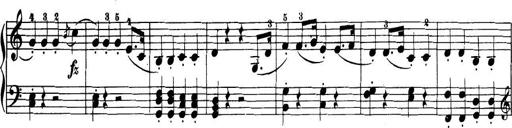
Title: 32 Sonatinas and Rondos for the Piano
Composer: Richard Kleinmichel